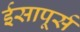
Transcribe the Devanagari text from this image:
ईसापूर्स